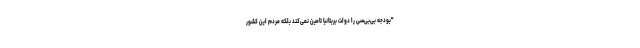
"بودجه بی‌بی‌سی را دولت بریتانیا تامین نمی‌کند بلکه مردم این کشور